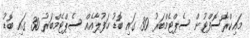
މައިކްރޮސޮފްޓުން ސެޕްޓެމްބަރު 30 ގައި ބޮޑު ހަފުލާއެއް ސެޕްޓެމްބަރު 30 ގައި ބޮޑު